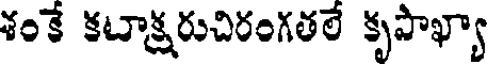
శంకే కటాక్షరుచిరంగతలే కృపాఖ్యా